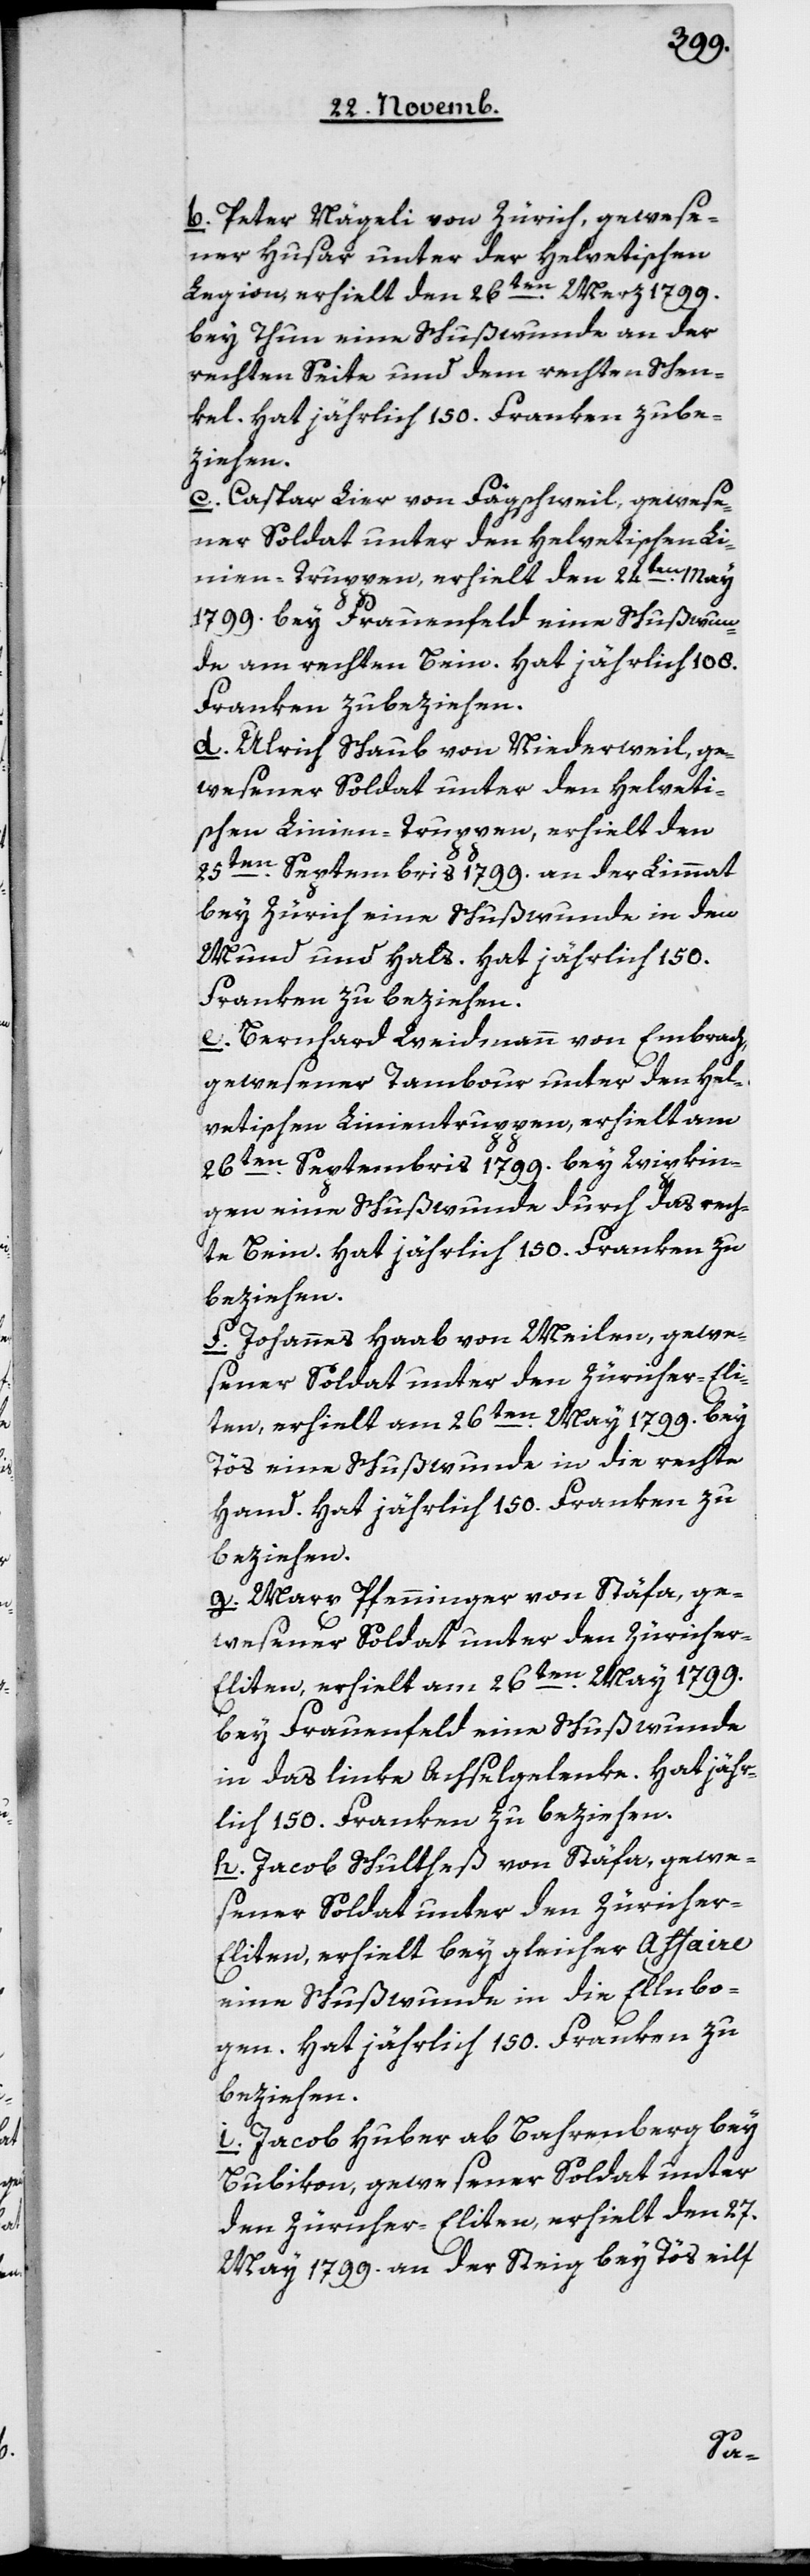
b. Peter Nägeli von Zürich, gewese¬
ner Husar unter der helvetischen
Legion, erhielt den 26ten Merz 1799
bey Thun eine Schußwunde an der
rechten Seite und dem rechten Schen¬
kel. Hat jährlich 150 Franken zu be¬
ziehen.
c. Caspar Lier von Fägschweil, gewese¬
ner Soldat unter den helvetischen Li¬
nien-Truppen, erhielt den 24ten May
1799 bey Frauenfeld eine Schußwun¬
de am rechten Bein. Hat jährlich 108
Franken zu beziehen.
d. Ulrich Schaub von Niederwil, ge¬
wesener Soldat unter den helveti¬
schen Linien-Truppen, erhielt den
25ten Septembris 1799 an der Limmat
bey Zürich eine Schußwunde in den
Mund und Hals. Hat jährlich 150
Franken zu beziehen.
e. Bernhard Weidmann von Embrach,
gewesener Tambour unter den hel¬
vetischen Linientruppen, erhielt am
26ten Septembris 1799 bey Wipkin¬
gen eine Schußwunde durch das rech¬
te Bein. Hat jährlich 150 Franken zu
beziehen.
f. Johannes Haab von Meilen, gewe¬
sener Soldat unter den Züricher-E¬
ten, erhielt am 26ten May 1799 bey
Töß eine Schußwunde in die rechte
Hand. Hat jährlich 150 Franken zu
beziehen.
g. Marx Pfenninger von Stäfa, ge¬
wesener Soldat unter den Züricher-E¬
liten, erhielt am 26ten May 1799
bey Frauenfeld eine Schußwunde
in das linke Achselgelenke. Hat jähr¬
lich 150 Franken zu beziehen.
h. Jacob Schultheß von Stäfa, gewe¬
liten, erhielt bey gleicher Affaire
eine Schußwunde in die Ellenbo¬
gen. Hat jährlich 150 Franken zu
beziehen.
i. Jacob Huber ab Bahrenberg bey
Bubikon, gewesener Soldat unter
den Zürcher-Eliten, erhielt den 27ten
May 1799 an der Steig bey Tös eilf